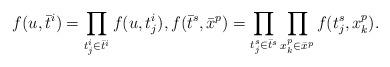
LaTeX: \begin{align*} f(u,\bar t^i)=\prod_{t^i_j\in\bar t^i} f(u, t^i_j), f(\bar t^s,\bar x^p)= \prod_{t^s_j\in\bar t^s}\prod_{x^p_k\in\bar x^p} f(t^s_j,x^p_k).\end{align*}